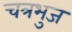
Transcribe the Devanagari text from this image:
चत्रभुज